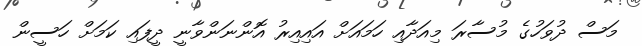
މަސް ދުވަހުގެ މުސާރަ މިއަދާއި ހަމައަށް އައިއިރު އޮންނަންވާނީ ދީފައި ކަމަށް ހަސީން